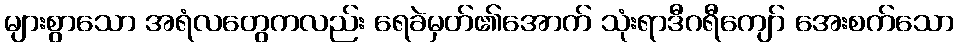
များစွာသော အရံလတွေကလည်း ရေခဲမှတ်၏အောက် သုံးရာဒီဂရီကျော် အေးစက်သော